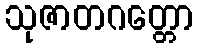
သုဇာတဂတ္တော